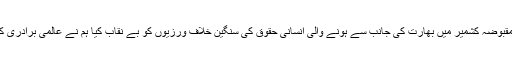
خواجہ آصف نے کہا کہ حکومتی نمائندوں نے مسئلہ کشمیر پر 11 ممالک کے دورے کئے اور مقبوضہ کشمیر میں بھارت کی جانب سے ہونے والی انسانی حقوق کی سنگین خلاف ورزیوں کو بے نقاب کیا ہم نے عالمی برادری کو بتایا کہ کشمیریوں کو اقوام متحدہ کی قراردادوں پر عمل کرتے ہوئے حق خود ارادیت دیا جائے۔